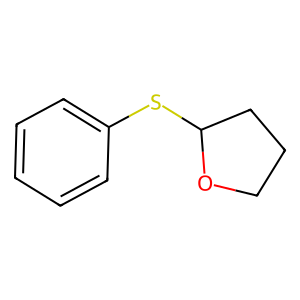
SMILES: c1ccc(SC2CCCO2)cc1
Inhibits HIV replication: No